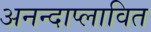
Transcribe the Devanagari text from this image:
अनन्दाप्लावित